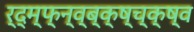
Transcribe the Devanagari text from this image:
र्द्म्फ्न्व्ब्क्ष्च्क्ष्व